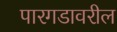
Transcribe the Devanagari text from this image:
पारगडावरील